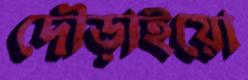
দৌড়াইয়ো